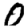
Digit: 0